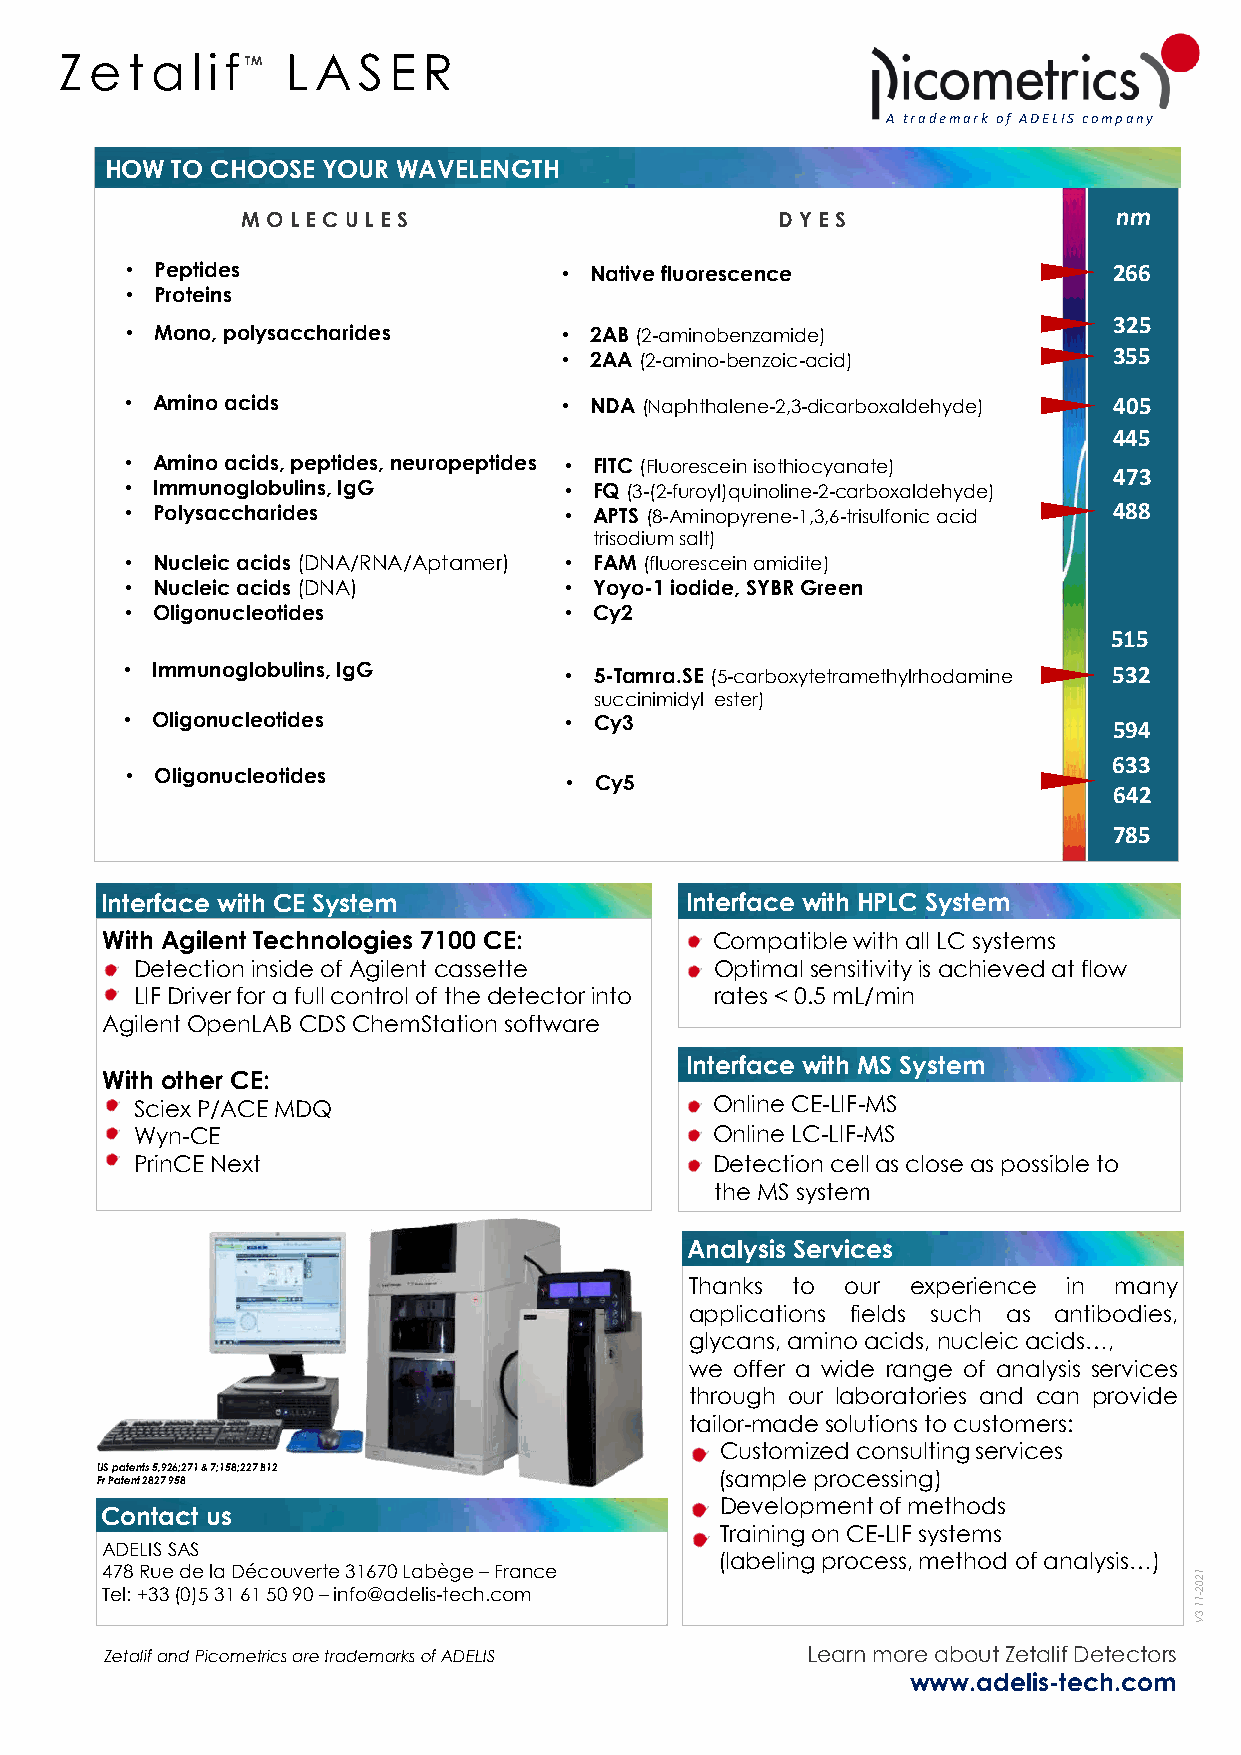
Ze  t a  li fTM LA  S ER
 A trademark of ADELIS company
 HOW TO CHOOSE YOUR WAVELENGTH
 M O L EC UL ES                     DYES                   nm
 • Peptides                   • Native fluorescence                266
 • Proteins
 325
 • Mono, polysaccharides      • 2AB(2-aminobenzamide)
 • 2AA (2-amino-benzoic-acid)         355
 • Aminoacids                 • NDA(Naphthalene-2,3-dicarboxaldehyde) 405
 445
 • Aminoacids, peptides, neuropeptides • FITC (Fluoresceinisothiocyanate)
 473
 • Immunoglobulins, IgG       • FQ (3-(2-furoyl)quinoline-2-carboxaldehyde)
 • Polysaccharides            • APTS (8-Aminopyrene-1,3,6-trisulfonic acid 488
 trisodiumsalt)
 • Nucleicacids(DNA/RNA/Aptamer) • FAM (fluoresceinamidite)
 • Nucleicacids(DNA)          • Yoyo-1 iodide, SYBR Green
 • Oligonucleotides           • Cy2
 515
 • Immunoglobulins, IgG       • 5-Tamra.SE (5-carboxytetramethylrhodamine 532
 succinimidyl ester)
 • Oligonucleotides           • Cy3                                594
 633
 • Oligonucleotides
 • Cy5
 642
 785
 Interface with CE System              Interface with HPLC System
 With Agilent Technologies 7100 CE:      Compatible withall LC systems
 Detectioninsideof Agilent cassette    Optimal sensitivityisachievedat flow
 LIFDriverfor a fullcontrol of thedetectorinto rates < 0.5 mL/min
 Agilent OpenLABCDSChemStationsoftware
 Interface with MS System
 With other CE:
 SciexP/ACE MDQ                        Online CE-LIF-MS
 Wyn-CE                                Online LC-LIF-MS
 PrinCENext                            Detectioncellas close as possible to
 the MS system
 Analysis Services
 Thanks to our experience in many
 applications fields such as antibodies,
 glycans,aminoacids,nucleicacids…,
 we offer a wide range of analysis services
 through our laboratories and can provide
 tailor-madesolutionstocustomers:
 Customized consulting services
 US patents 5,926;271 & 7;158;227 B12      (sample processing)
 Fr Patent 2827 958
 Development of methods
 Contact us
 Training on CE-LIF systems
 ADELIS SAS
 (labeling process, method of analysis…)
 4 Te7 l8 : +R 3u 3e (d 0)e 5 la 31 D 6é 1c 5o 0u 9v 0e r –te in 3 fo16 @7 a0 d L ea lb is-è teg ce h – .cF ora mnce 11 12 30 V2-
 Zetalifand Picometrics are trademarksof ADELIS Learnmore about ZetalifDetectors
 www.adelis-tech.com